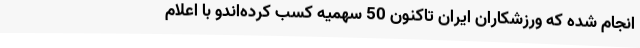
انجام شده که ورزشکاران ایران تاکنون 50 سهمیه کسب کرده‌اندو با اعلام